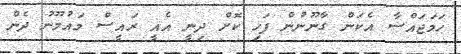
ހަމަޖައްސާ އެކަން ގާނޫނުން ފަހި ކޮށް ދިނީ އެއީ ރައީސް މައުމޫނު ދެން